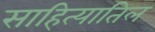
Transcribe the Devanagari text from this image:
साहित्यातिल